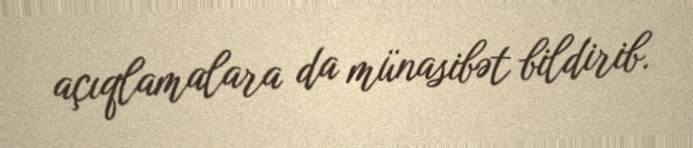
açıqlamalara da münasibət bildirib.